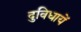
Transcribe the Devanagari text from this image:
दुविधायें